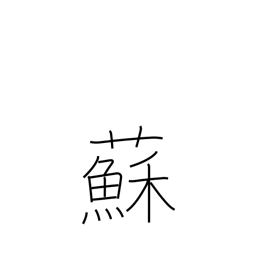
Meaning: perilla